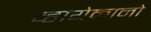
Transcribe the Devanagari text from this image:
व्हायेकानो